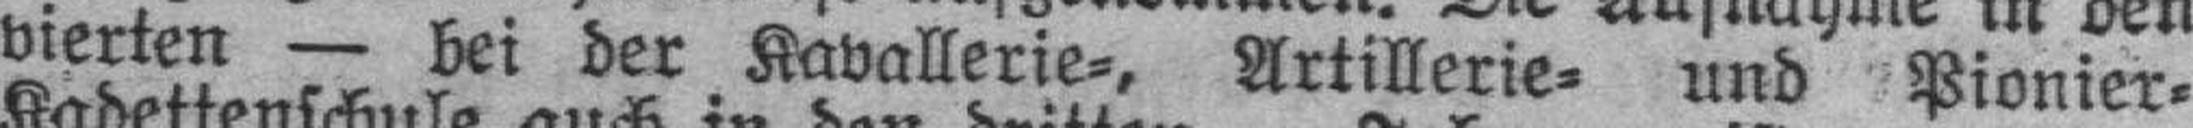
vierten — bei der Kavallerie=, Artillerie= und Pionier-